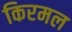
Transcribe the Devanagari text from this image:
किरमल